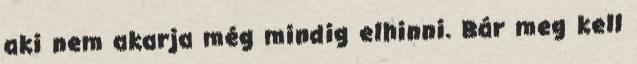
aki nem akarja még mindig elhinni. Bár meg kell